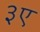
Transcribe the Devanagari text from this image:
३ए